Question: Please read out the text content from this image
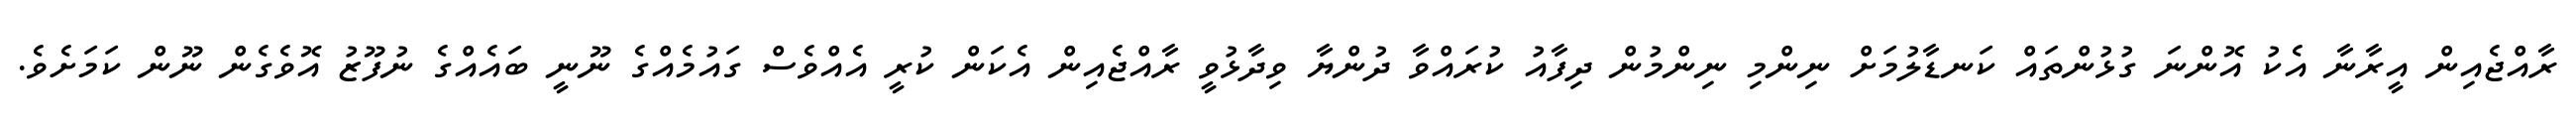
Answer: ރާއްޖެއިން އީރާނާ އެކު އޮންނަ ގުޅުންތައް ކަނޑާލުމަށް ނިންމި ނިންމުން ދިފާއު ކުރައްވާ ދުންޔާ ވިދާޅުވީ ރާއްޖެއިން އެކަން ކުރީ އެއްވެސް ގައުމެއްގެ ނޫނީ ބައެއްގެ ނުފޫޒު އޮވެގެން ނޫން ކަމަށެވެ.